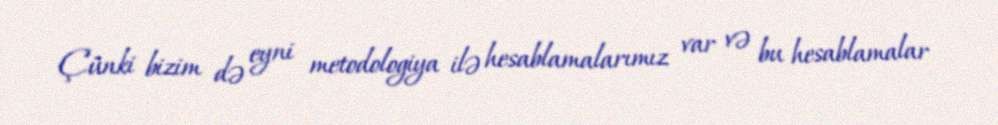
Çünki bizim də eyni metodologiya ilə hesablamalarımız var və bu hesablamalar